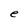
Character: e